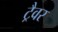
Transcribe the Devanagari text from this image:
ट्रैवर